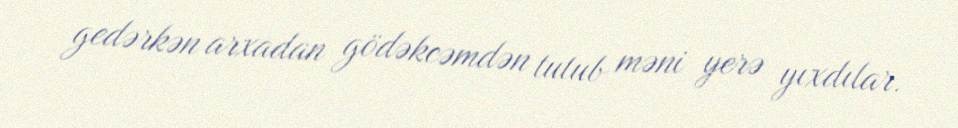
gedərkən arxadan gödəkcəmdən tutub məni yerə yıxdılar.